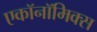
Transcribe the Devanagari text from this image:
एकॉनॉमिक्स